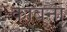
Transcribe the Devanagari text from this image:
काबना